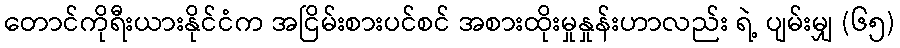
တောင်ကိုရီးယားနိုင်ငံက အငြိမ်းစားပင်စင် အစားထိုးမှုနှုန်းဟာလည်း ရဲ့ ပျမ်းမျှ (၆၅)